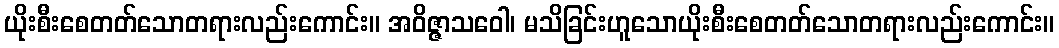
ယိုးစီးစေတတ်သောတရားလည်းကောင်း။ အဝိဇ္ဇာသဝေါ၊ မသိခြင်းဟူသောယိုးစီးစေတတ်သောတရားလည်းကောင်း။